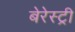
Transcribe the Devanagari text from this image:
बेरेस्ट्री